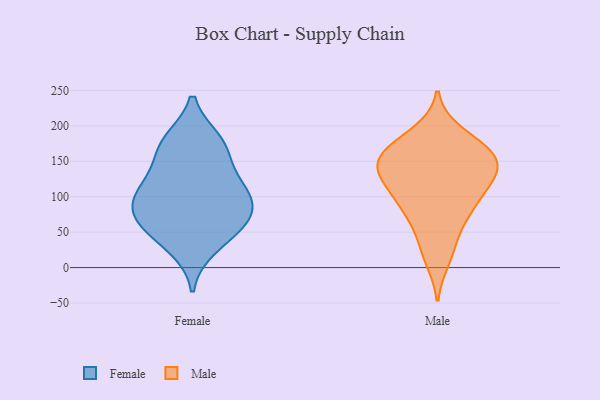
{"axis": {"x": "Humidity (%)", "y": "Value"}, "legend": ["Female", "Male"], "data": [{"x": "", "y": 178, "type": "Female"}, {"x": "", "y": 62, "type": "Female"}, {"x": "", "y": 97, "type": "Female"}, {"x": "", "y": 127, "type": "Female"}, {"x": "", "y": 107, "type": "Female"}, {"x": "", "y": 104, "type": "Female"}, {"x": "", "y": 85, "type": "Female"}, {"x": "", "y": 60, "type": "Female"}, {"x": "", "y": 176, "type": "Female"}, {"x": "", "y": 162, "type": "Female"}, {"x": "", "y": 60, "type": "Female"}, {"x": "", "y": 29, "type": "Female"}, {"x": "", "y": 143, "type": "Male"}, {"x": "", "y": 127, "type": "Male"}, {"x": "", "y": 162, "type": "Male"}, {"x": "", "y": 13, "type": "Male"}, {"x": "", "y": 176, "type": "Male"}, {"x": "", "y": 169, "type": "Male"}, {"x": "", "y": 120, "type": "Male"}, {"x": "", "y": 113, "type": "Male"}, {"x": "", "y": 136, "type": "Male"}, {"x": "", "y": 154, "type": "Male"}, {"x": "", "y": 155, "type": "Male"}, {"x": "", "y": 189, "type": "Male"}, {"x": "", "y": 29, "type": "Male"}, {"x": "", "y": 62, "type": "Male"}, {"x": "", "y": 87, "type": "Male"}, {"x": "", "y": 80, "type": "Male"}, {"x": "", "y": 142, "type": "Male"}, {"x": "", "y": 92, "type": "Male"}]}